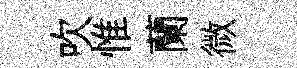
吹惟蘭微